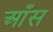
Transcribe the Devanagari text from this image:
आँस